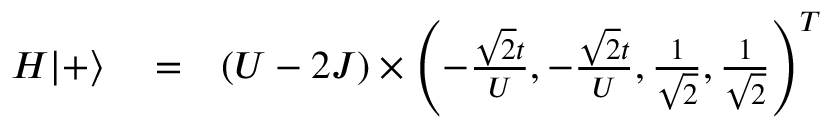
\begin{array} { r l r } { H | + \rangle } & { { } = } & { ( U - 2 J ) \times \left( - \frac { \sqrt { 2 } t } { U } , - \frac { \sqrt { 2 } t } { U } , \frac { 1 } { \sqrt { 2 } } , \frac { 1 } { \sqrt { 2 } } \right) ^ { T } } \end{array}